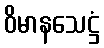
ဝိမာနသေဋ္ဌံ